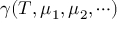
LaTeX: \gamma ( T , \mu _ { 1 } , \mu _ { 2 } , \cdots )